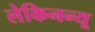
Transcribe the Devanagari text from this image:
लेकिनन्यू